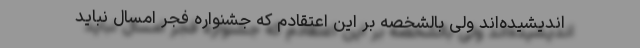
اندیشیده‌اند ولی بالشخصه بر این اعتقادم که جشنواره فجر امسال نباید